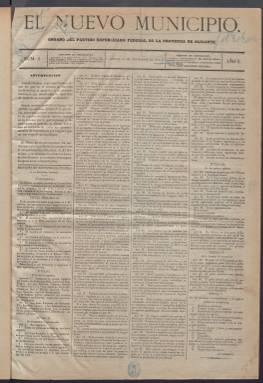
Título: El Nuevo municipio
Colección: Periódicos
Ámbito geográfico: Alicante
Lugar de publicación: Alicante
Fechas: 11/09/1873-20/01/1874